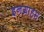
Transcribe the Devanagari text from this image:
इनग्राहम